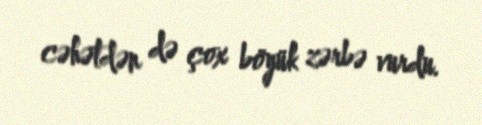
cəhətdən də çox böyük zərbə vurdu.